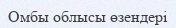
Омбы облысы өзендері